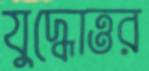
যুদ্ধোত্তর